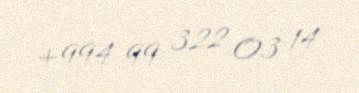
+994 99 322 03 14